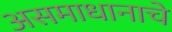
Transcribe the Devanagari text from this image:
असमाधानाचे